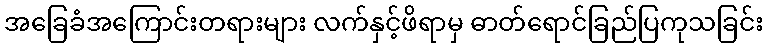
အခြေခံအကြောင်းတရားများ လက်နှင့်ဖိရာမှ ဓာတ်ရောင်ခြည်ပြကုသခြင်း